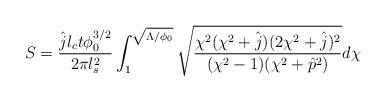
LaTeX: \begin{align*} S=\frac{\hat jl_ct\phi_0^{3/2}}{2\pi l_s^2}\int_1^{\sqrt{\Lambda/\phi_0}}\sqrt{\frac{\chi^2(\chi^2+\hat j)(2\chi^2+\hat j)^2}{(\chi^2-1)(\chi^2+\hat p^2)}}d\chi\end{align*}